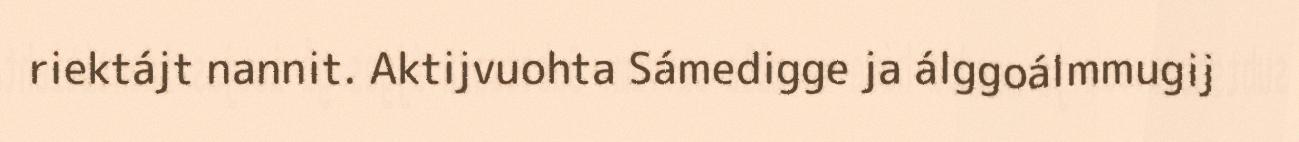
riektájt nannit. Aktijvuohta Sámedigge ja álggoálmmugij